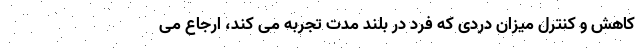
کاهش و کنترل میزان دردی که فرد در بلند مدت تجربه می کند، ارجاع می